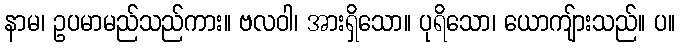
နာမ၊ ဥပမာမည်သည်ကား။ ဗလဝါ၊ အားရှိသော။ ပုရိသော၊ ယောကျ်ားသည်။ ပ။